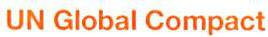
UN Global Compact